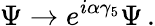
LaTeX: \Psi\rightarrow e^{i\alpha\gamma_{5}}\Psi\, .